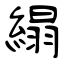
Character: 䌈